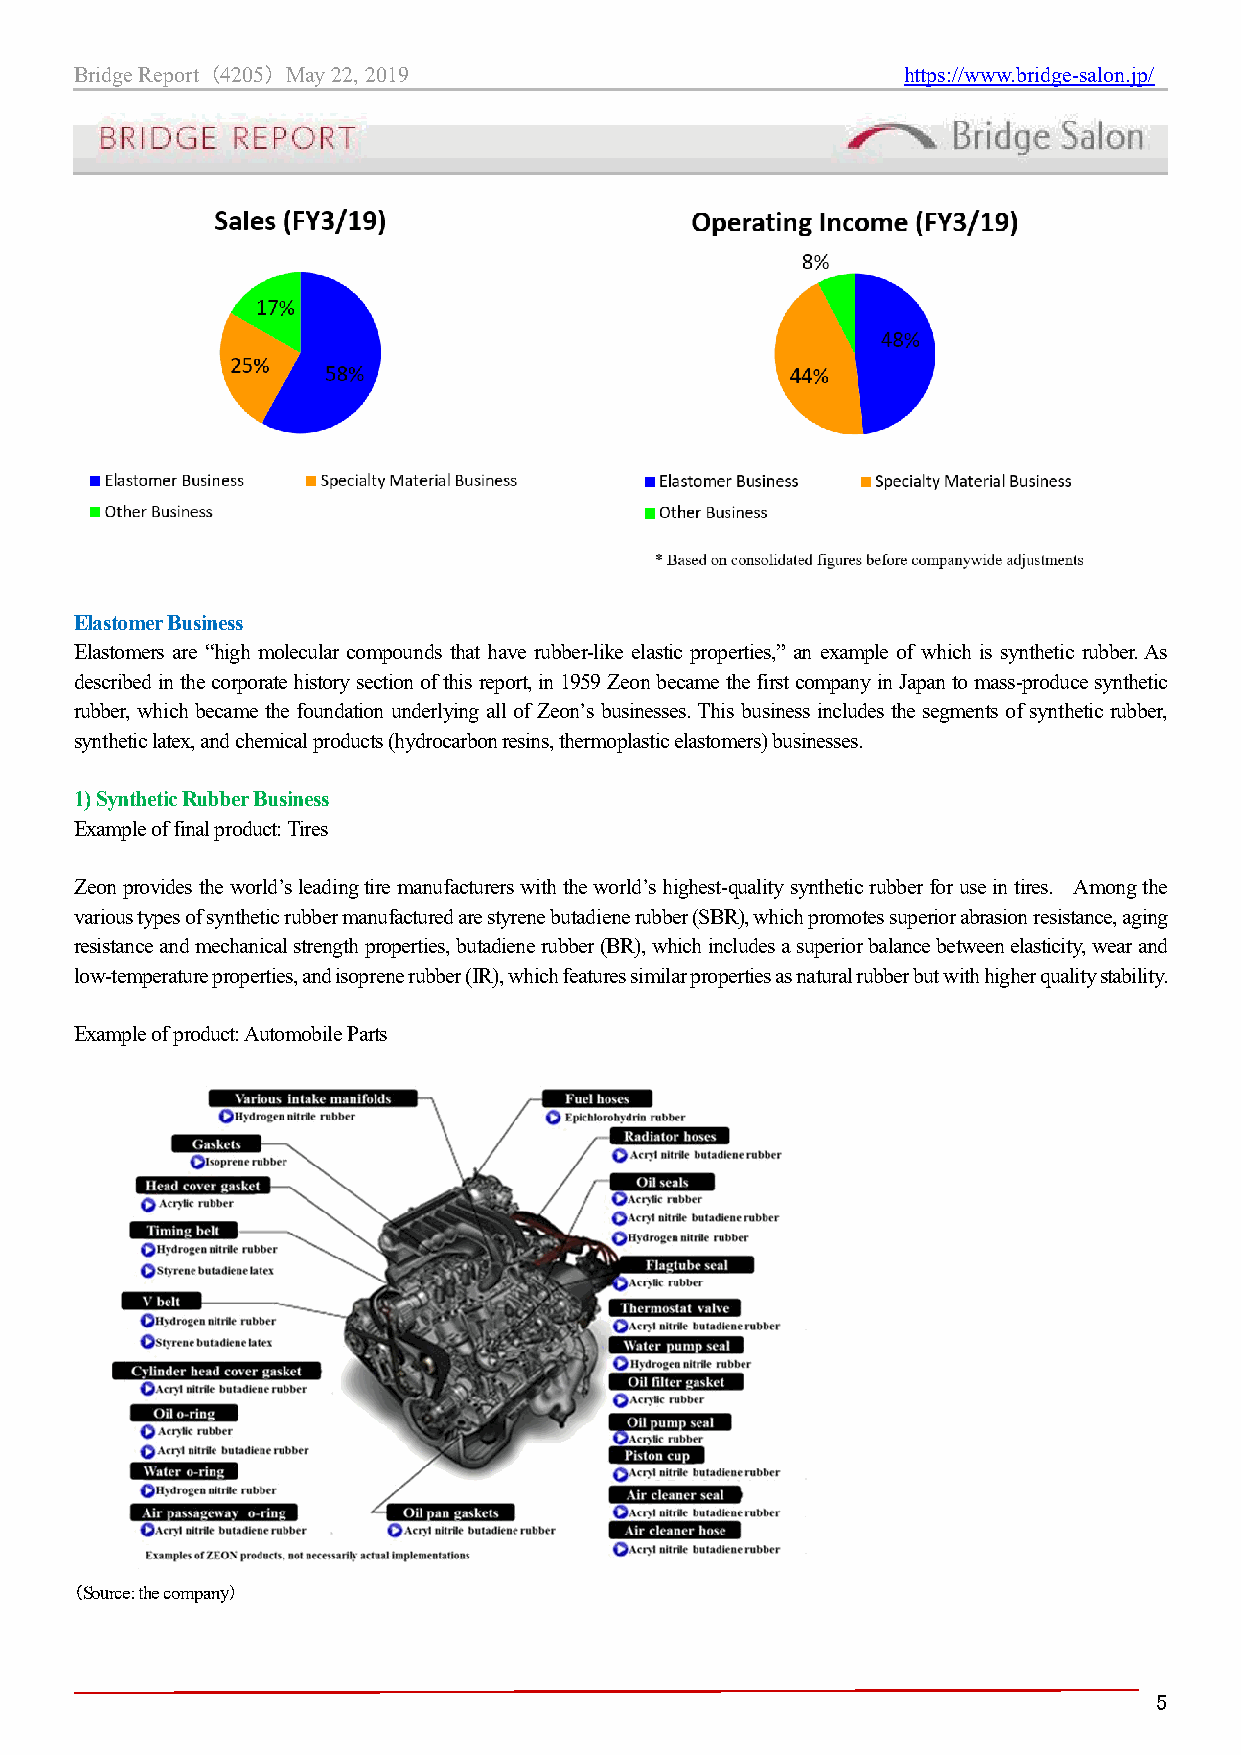
Bridge Report （4205） May 22, 2019                      https://www.bridge-salon.jp/
 Elastomer Business
 Elastomers are “high molecular compounds that have rubber-like elastic properties,” an example of which is synthetic rubber. As
 described in the corporate history section of this report, in 1959 Zeon became the first company in Japan to mass-produce synthetic
 rubber, which became the foundation underlying all of Zeon’s businesses. This business includes the segments of synthetic rubber,
 synthetic latex, and chemical products (hydrocarbon resins, thermoplastic elastomers) businesses.
 1) Synthetic Rubber Business
 Example of final product: Tires
 Zeon provides the world’s leading tire manufacturers with the world’s highest-quality synthetic rubber for use in tires. Among the
 various types of synthetic rubber manufactured are styrene butadiene rubber (SBR), which promotes superior abrasion resistance, aging
 resistance and mechanical strength properties, butadiene rubber (BR), which includes a superior balance between elasticity, wear and
 low-temperature properties, and isoprene rubber (IR), which features similar properties as natural rubber but with higher quality stability.
 Example of product: Automobile Parts
 （Source: the company）
 5